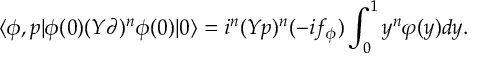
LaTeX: \langle \phi , { p } | \phi ( 0 ) ( Y \partial ) ^ { n } \phi ( 0 ) | 0 \rangle = i ^ { n } ( Y p ) ^ { n } ( - i f _ { \phi } ) \int _ { 0 } ^ { 1 } y ^ { n } \varphi ( y ) d y .